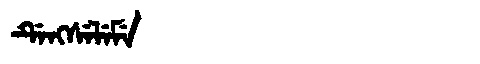
Manchu: ᡩᡝᠩᠰᡝᠯᡝᠮᡝ
Romanization: DENGSELEME